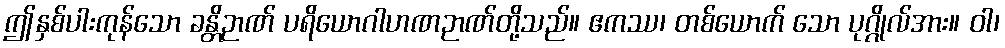
ဤနှစ်ပါးကုန်သော ခန္တိဉာဏ် ပရိယောဂါဟဏဉာဏ်တို့သည်။ ဧကဿ၊ တစ်ယောက် သော ပုဂ္ဂိုလ်အား။ ဝါ၊